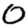
Digit: 0